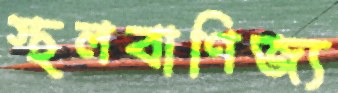
স্থলবাণিজ্য